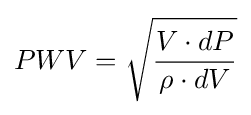
PWV={\sqrt {\frac {V\cdot dP}{\rho \cdot dV}}}